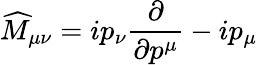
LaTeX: \widehat{M}_{\mu\nu}=ip_{\nu}\frac{\partial}{\partial p^{\mu}}-ip_{\mu}